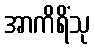
အာကိရိံသု